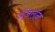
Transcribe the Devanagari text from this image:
मॅजलॅन